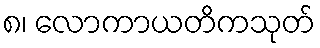
၈၊ လောကာယတိကသုတ်